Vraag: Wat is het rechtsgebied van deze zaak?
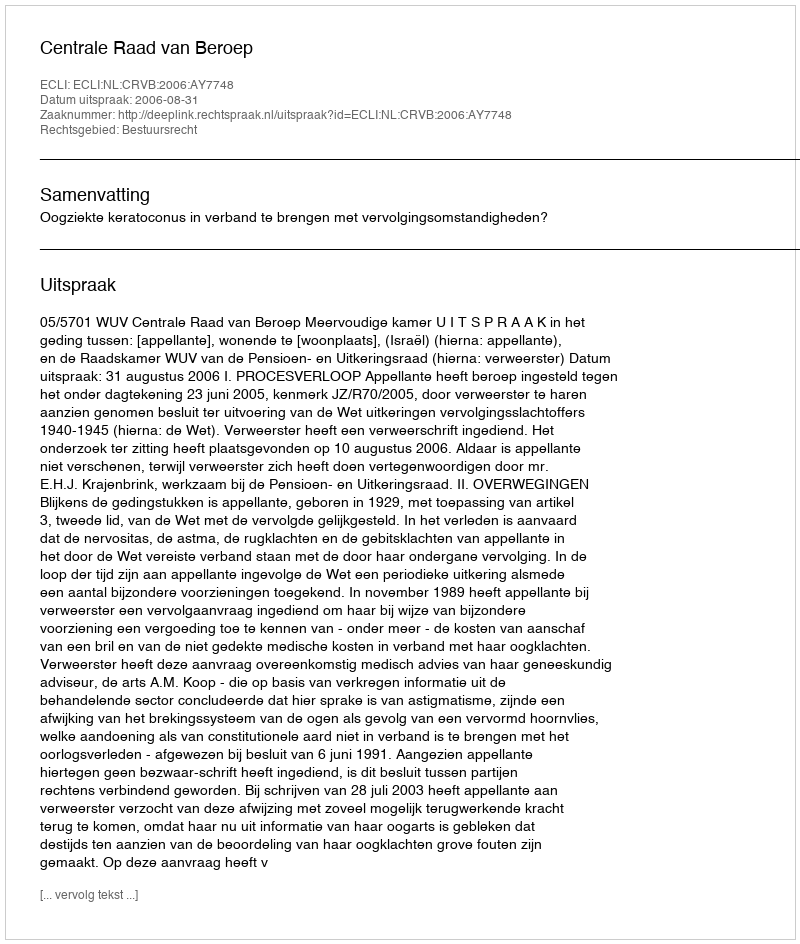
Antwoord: Bestuursrecht